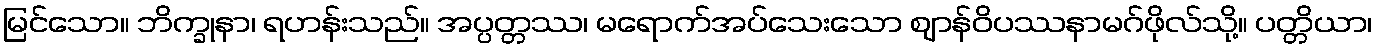
မြင်သော။ ဘိက္ခုနာ၊ ရဟန်းသည်။ အပ္ပတ္တဿ၊ မရောက်အပ်သေးသော ဈာန်ဝိပဿနာမဂ်ဖိုလ်သို့။ ပတ္တိယာ၊